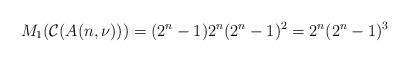
LaTeX: \begin{align*}M_{1}(\mathcal{C}(A(n,\nu)))=(2^{n}-1)2^{n}(2^{n}-1)^{2}=2^{n}(2^{n}-1)^{3} \end{align*}